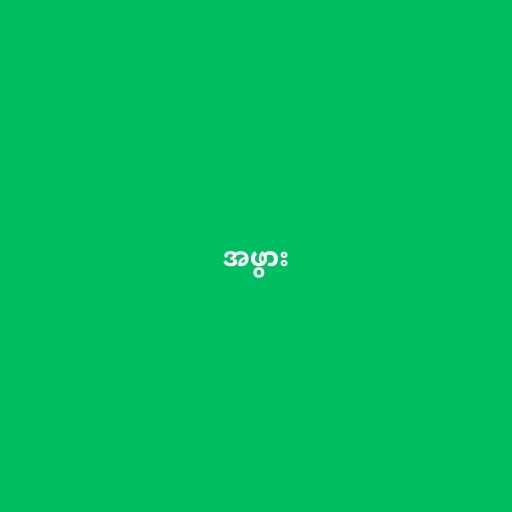
အဖွား